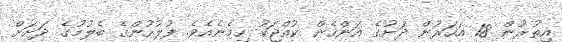
އިތުރުން 18 އަހަރުން ދަށުގެ އަންހެން ކުއްޖަކު ހިމެނެއެވެ. ފުލުހުންގެ ބެލުމުގެ ދަށަށް